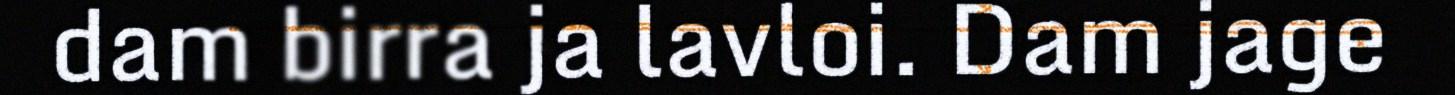
dam birra ja lavloi. Dam jage